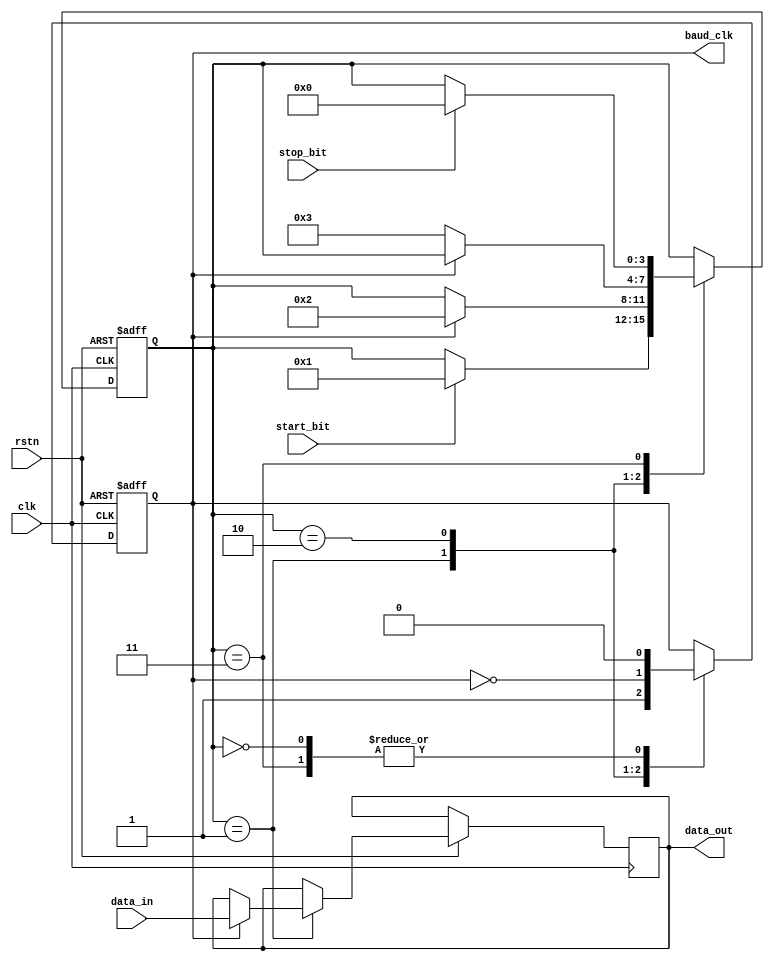
module uart_timing_control_sync (
    input wire clk,             // Clock input
    input wire rstn,            // Active low reset input
    
    input wire start_bit,       // Start bit detection signal
    input wire stop_bit,        // Stop bit detection signal
    input wire data_in,         // Input data signal
    
    output reg baud_clk,        // Baud rate clock output
    output reg data_out         // Output data signal
);

reg [3:0] state;    // State variable to control the timing and synchronization blocks

always @(posedge clk or negedge rstn) begin
    if (~rstn) begin
        state <= 4'b0000;   // Reset state
    end else begin
        case (state)
            4'b0000: begin // Idle state
                if (start_bit) begin
                    state <= 4'b0001;   // Move to start bit detection state
                end
            end
            4'b0001: begin // Start bit detection state
                if (baud_clk) begin
                    data_out <= data_in;    // Sample input data on the baud_clk edge
                    state <= 4'b0010;       // Move to data alignment state
                end
            end
            4'b0010: begin // Data alignment state
                if (~baud_clk) begin
                    state <= 4'b0011;   // Move to stop bit detection state
                end
            end
            4'b0011: begin // Stop bit detection state
                if (stop_bit) begin
                    state <= 4'b0000;   // Move back to idle state
                end
            end
        endcase
    end
end

always @(posedge clk or negedge rstn) begin
    if (~rstn) begin
        baud_clk <= 1'b0;   // Reset baud clock
    end else begin
        case (state)
            4'b0000: begin // Idle state
                baud_clk <= 1'b0;   // Baud clock is low in idle state
            end
            4'b0001: begin // Start bit detection state
                baud_clk <= 1'b1;   // Baud clock is high during start bit
            end
            4'b0010: begin // Data alignment state
                baud_clk <= ~baud_clk;  // Baud clock toggles for data alignment
            end
            4'b0011: begin // Stop bit detection state
                baud_clk <= 1'b0;   // Baud clock is low during stop bit
            end
        endcase
    end
end

endmodule